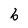
Character: b